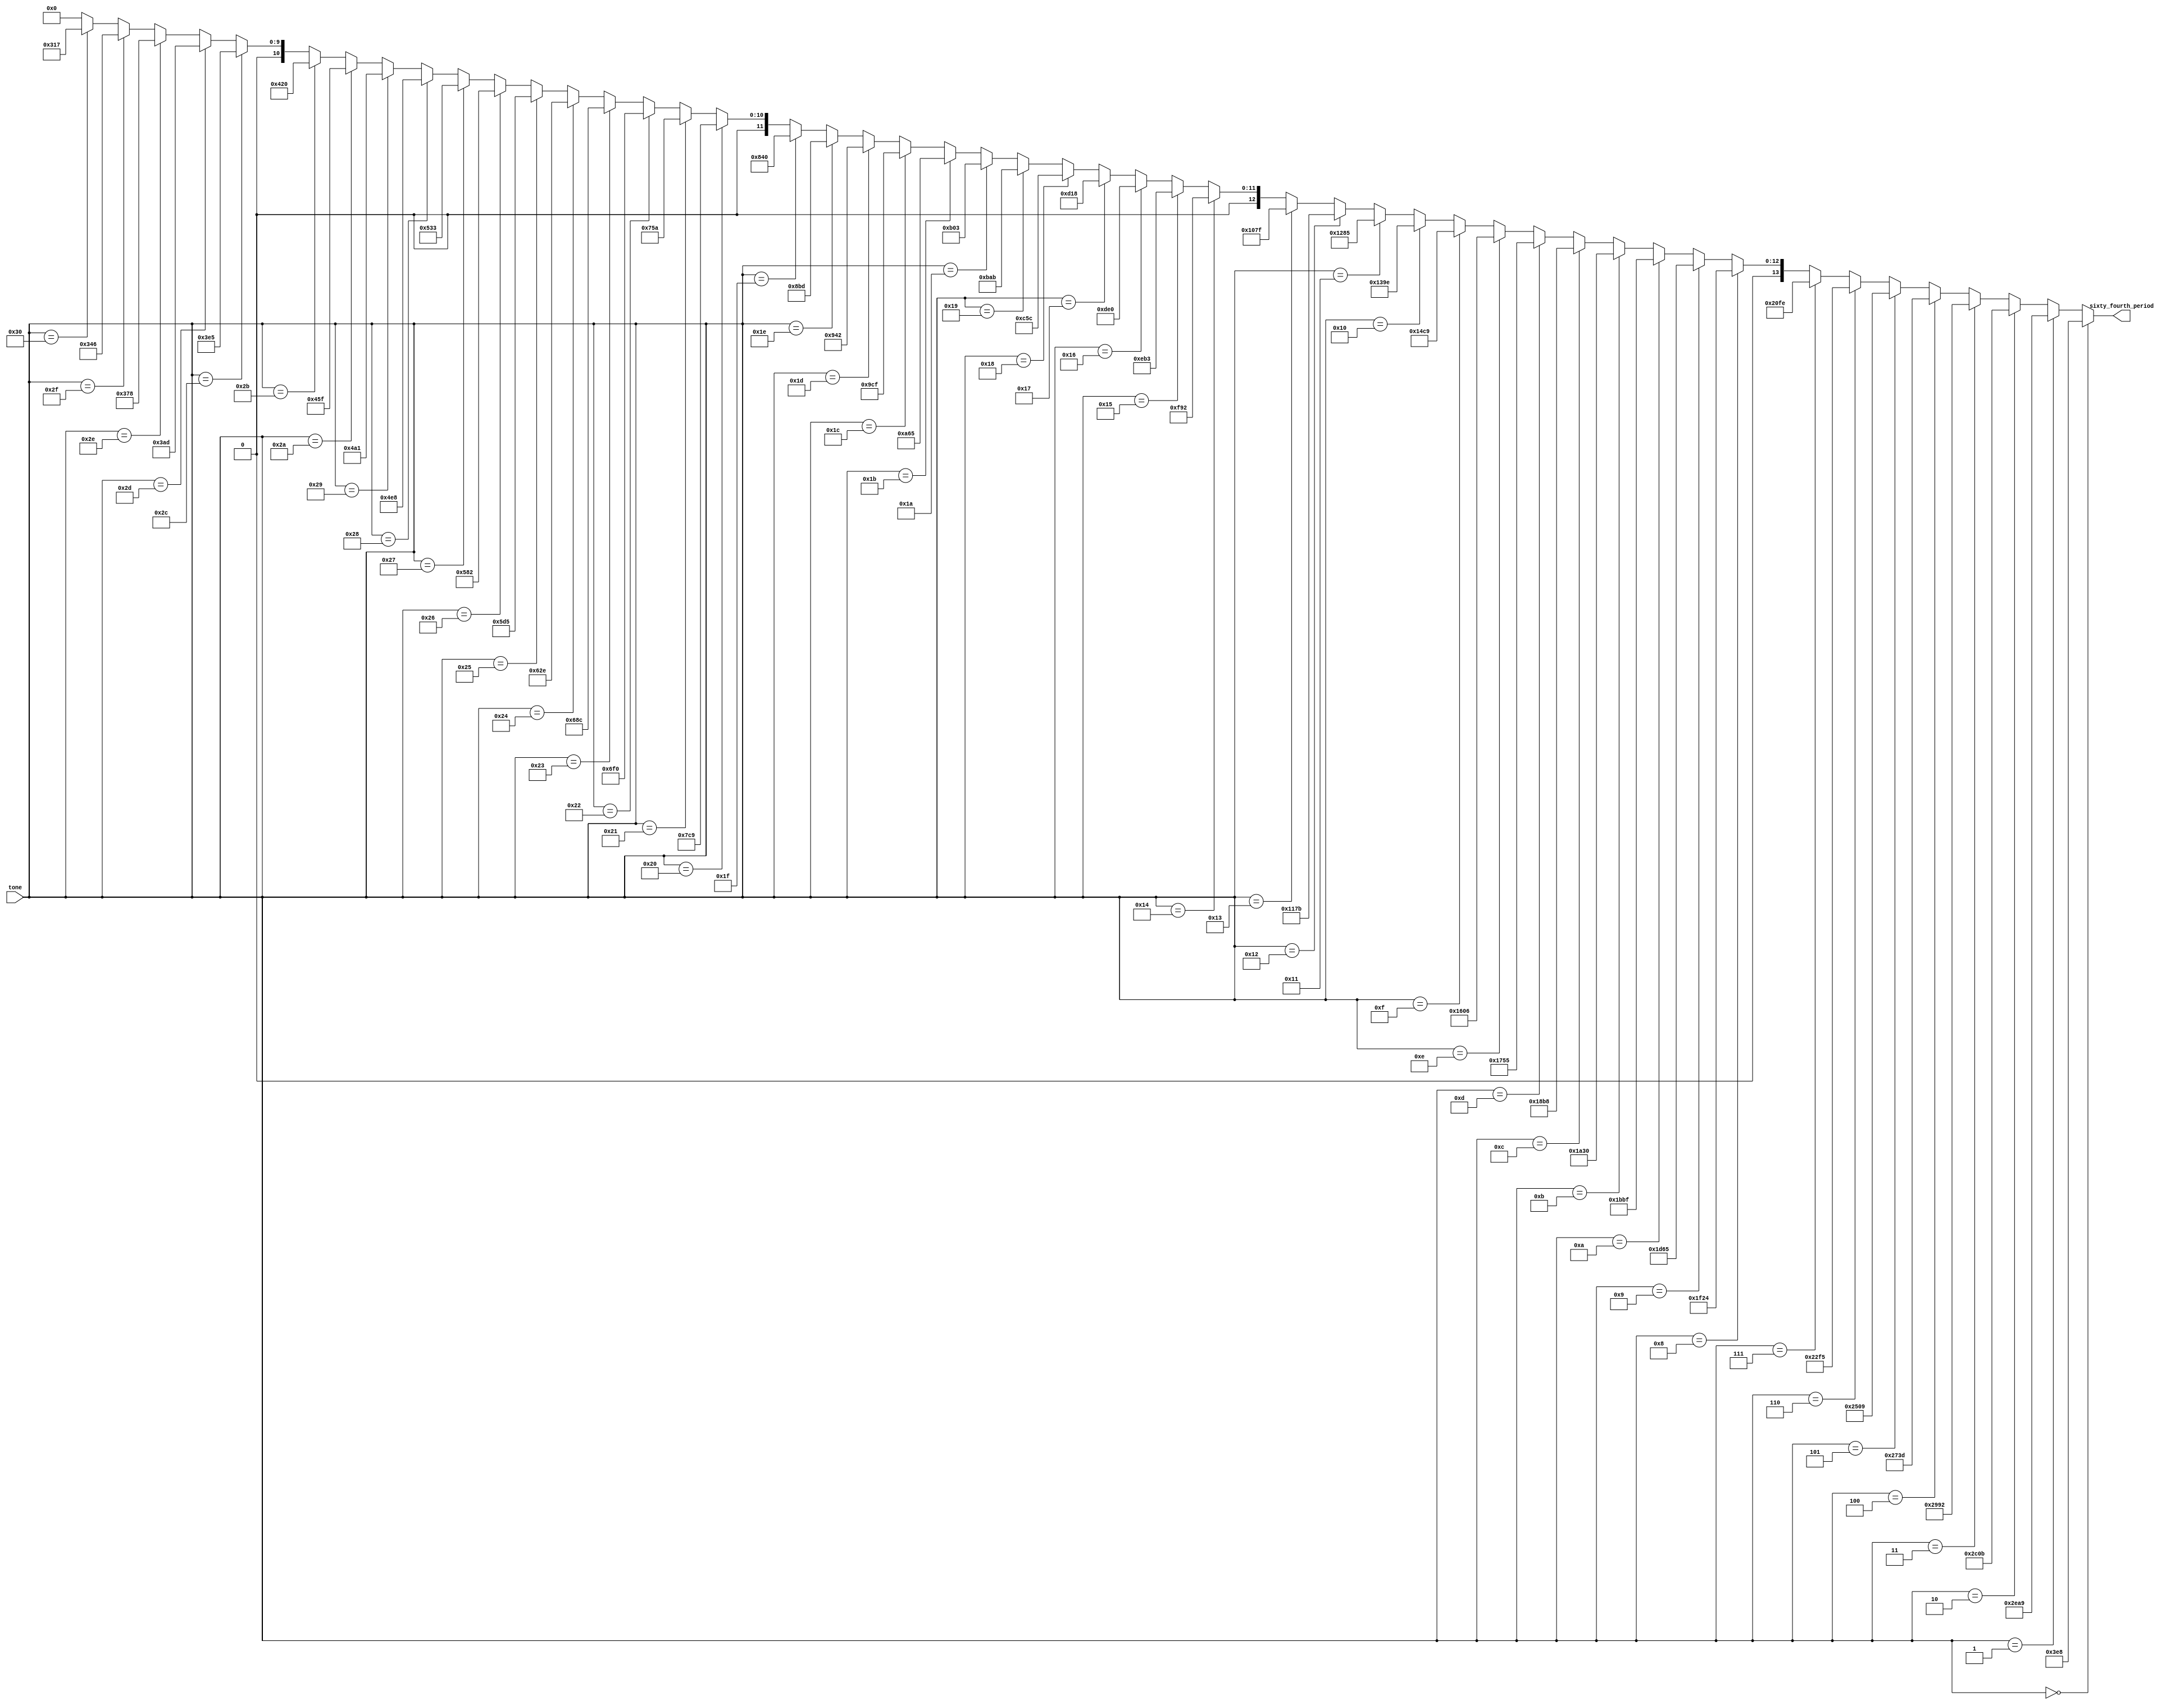
module tone_lut64 (input [5:0] tone, output [13:0] sixty_fourth_period);
	
	//these constants define the number of 100Mhz cycles needed to emulate each note frequency, divided by 64 to get
	//a 64th of  the waveform, to use PWM accurately
	parameter
				REST= 14'd1000,	// give a small delay between look-up table advances
				C3  = 14'd11945,
				C3S = 14'd11275,
				D3  = 14'd10642,
				D3S = 14'd10045,
				E3  = 14'd9481,
				F3  = 14'd8949,
				F3S = 14'd8446,
				G3  = 14'd7972,
				G3S = 14'd7525,
				A3  = 14'd7103,
				A3S = 14'd6704,
				B3  = 14'd6328,
				
				C4  = 14'd5973,
				C4S = 14'd5638,
				D4  = 14'd5321,
				D4S = 14'd5022,
				E4  = 14'd4741,
				F4  = 14'd4475,
				F4S = 14'd4223,
				G4  = 14'd3986,
				G4S = 14'd3763,
				A4  = 14'd3552,
				A4S = 14'd3352,
				B4  = 14'd3164,
				
				C5  = 14'd2987,
				C5S = 14'd2819,
				D5  = 14'd2661,
				D5S = 14'd2511,
				E5  = 14'd2370,
				F5  = 14'd2237,
				F5S = 14'd2112,
				G5  = 14'd1993,
				G5S = 14'd1882,
				A5  = 14'd1776,
				A5S = 14'd1676,
				B5  = 14'd1582,
				
				C6  = 14'd1493,
				C6S = 14'd1410,
				D6  = 14'd1331,
				D6S = 14'd1256,
				E6  = 14'd1185,
				F6  = 14'd1119,
				F6S = 14'd1056,
				G6  = 14'd997,
				G6S = 14'd941,
				A6  = 14'd888,
				A6S = 14'd838,
				B6  = 14'd791;
				
	assign sixty_fourth_period =
										(tone == 6'd0)  ? REST:
									   (tone == 6'd1)  ? C3  :
									   (tone == 6'd2)  ? C3S :
									   (tone == 6'd3)  ? D3  :
										(tone == 6'd4)  ? D3S :
										(tone == 6'd5)  ? E3  :
										(tone == 6'd6)  ? F3  :
										(tone == 6'd7)  ? F3S :
										(tone == 6'd8)  ? G3  :
										(tone == 6'd9)  ? G3S :
										(tone == 6'd10)  ? A3  :
										(tone == 6'd11) ? A3S :
										(tone == 6'd12) ? B3  :
									
										(tone == 6'd13) ? C4  :
										(tone == 6'd14) ? C4S :
										(tone == 6'd15) ? D4  :
										(tone == 6'd16) ? D4S :
										(tone == 6'd17) ? E4  :
										(tone == 6'd18) ? F4  :
										(tone == 6'd19) ? F4S :
										(tone == 6'd20) ? G4  :
										(tone == 6'd21) ? G4S :
										(tone == 6'd22) ? A4  :
										(tone == 6'd23) ? A4S :
										(tone == 6'd24) ? B4  :
									
										(tone == 6'd25) ? C5  :
										(tone == 6'd26) ? C5S :
										(tone == 6'd27) ? D5  :
										(tone == 6'd28) ? D5S :
										(tone == 6'd29) ? E5  :
										(tone == 6'd30) ? F5  :
										(tone == 6'd31) ? F5S :
										(tone == 6'd32) ? G5  :
										(tone == 6'd33) ? G5S :
										(tone == 6'd34) ? A5  :
										(tone == 6'd35) ? A5S :
										(tone == 6'd36) ? B5  :
									 
										(tone == 6'd37) ? C6  :
										(tone == 6'd38) ? C6S :
										(tone == 6'd39) ? D6  :
										(tone == 6'd40) ? D6S :
										(tone == 6'd41) ? E6  :
										(tone == 6'd42) ? F6  :
										(tone == 6'd43) ? F6S :
										(tone == 6'd44) ? G6  :
										(tone == 6'd45) ? G6S :
										(tone == 6'd46) ? A6  :
										(tone == 6'd47) ? A6S :
										(tone == 6'd48) ? B6  :
										/*tone undefined*/  0 ;

endmodule